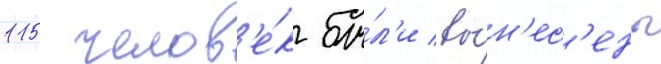
115 челов'е́к бы́л'и вы́н'ес'ены